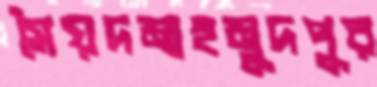
সৈয়দমাহমুদপুর